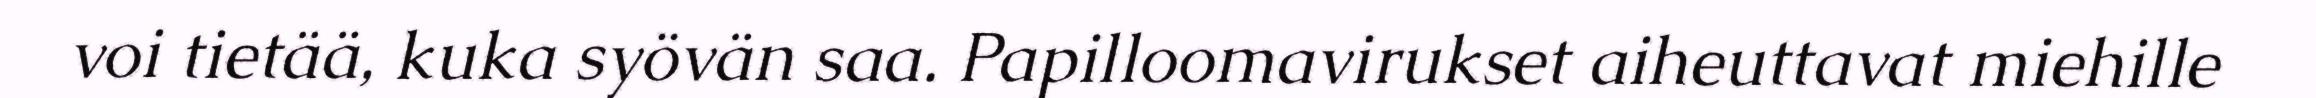
voi tietää, kuka syövän saa. Papilloomavirukset aiheuttavat miehille